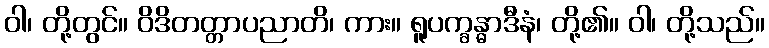
ဝါ၊ တို့တွင်။ ဝိဒိတတ္တာပညာတိ၊ ကား။ ရူပက္ခန္ဓာဒီနံ၊ တို့၏။ ဝါ၊ တို့သည်။